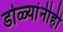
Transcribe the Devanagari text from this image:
डोळ्यांनीही